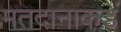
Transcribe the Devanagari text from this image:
मतदानाकडे